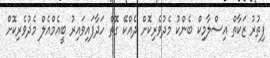
ފިތުރު ޒަކާތް އިސްލާމިކް ބެންކު މެދުވެރިކޮށް ދެއްކޭ ގޮތް ހަދާފައިވައިރު ބީއެމްއެލް މެދުވެރިކޮށް